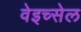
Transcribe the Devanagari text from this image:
वेइच्सेल